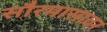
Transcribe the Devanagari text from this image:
सौरमासावर